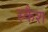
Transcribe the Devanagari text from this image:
स्कैश